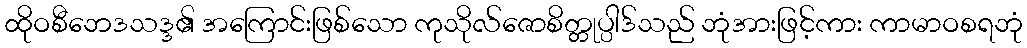
ထိုဝစီဘေဒသဒ္ဒ၏ အကြောင်းဖြစ်သော ကုသိုလ်ဇောစိတ္တုပ္ပါဒ်သည် ဘုံအားဖြင့်ကား ကာမာဝစရဘုံ